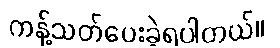
ကန့်သတ်ပေးခဲ့ရပါတယ်။